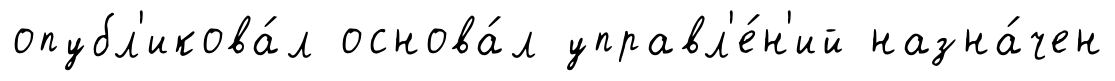
опубл'икова́л основа́л управл'е́н'ий назна́чен